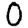
Digit: 0